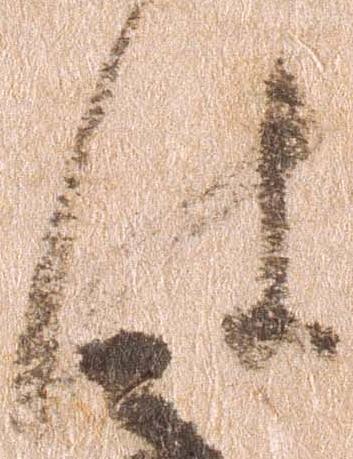
は